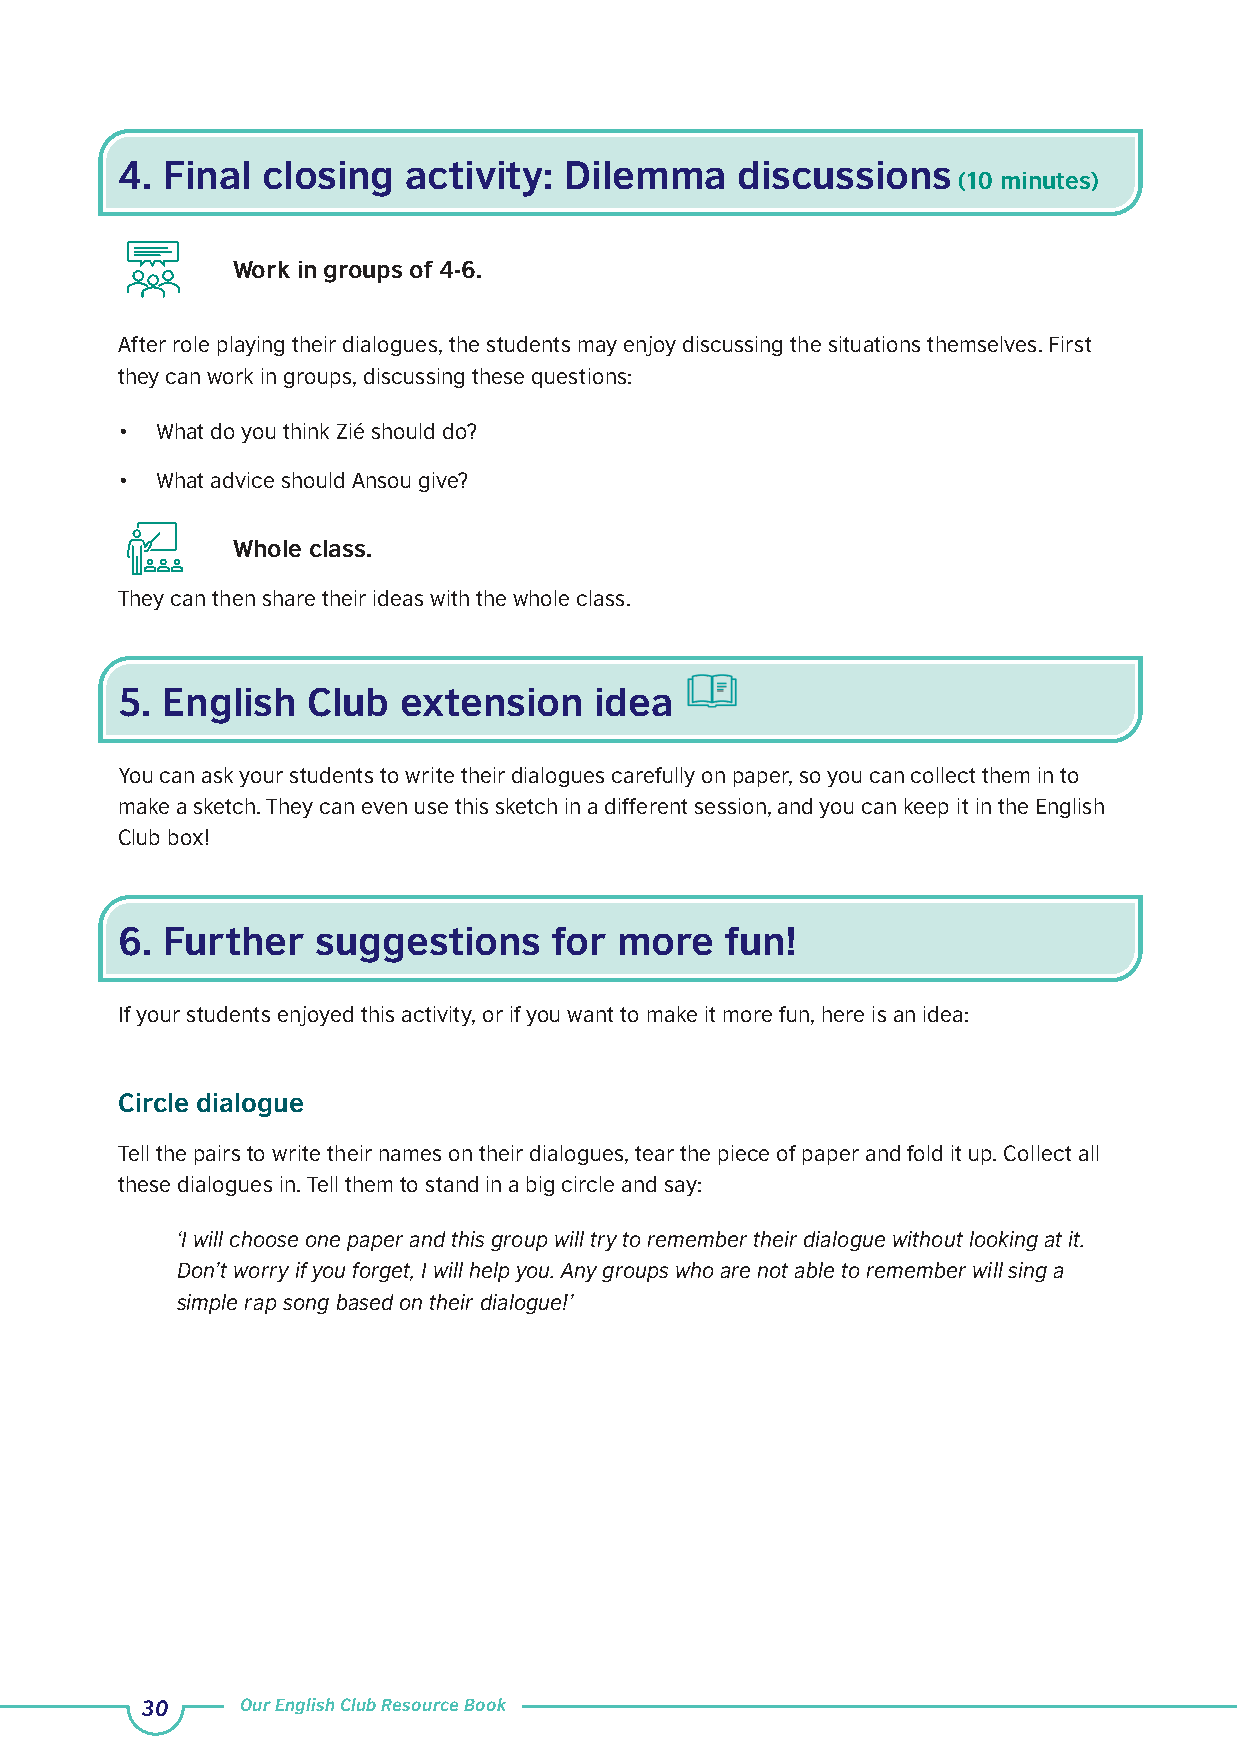
4. Final closing   activity: Dilemma     discussions
 (10 minutes)
 Work in groups of 4-6.
 After role playing their dialogues, the students may enjoy discussing the situations themselves. First
 they can work in groups, discussing these questions:
 • What do you think Zié should do?
 • What advice should Ansou give?
 Whole class.
 They can then share their ideas with the whole class.
 5. English  Club  extension    idea
 You can ask your students to write their dialogues carefully on paper, so you can collect them in to
 make a sketch. They can even use this sketch in a different session, and you can keep it in the English
 Club box!
 6. Further   suggestions     for more   fun!
 If your students enjoyed this activity, or if you want to make it more fun, here is an idea:
 Circle dialogue
 Tell the pairs to write their names on their dialogues, tear the piece of paper and fold it up. Collect all
 these dialogues in. Tell them to stand in a big circle and say:
 ‘I will choose one paper and this group will try to remember their dialogue without looking at it.
 Don’t worry if you forget, I will help you. Any groups who are not able to remember will sing a
 simple rap song based on their dialogue!’
 30     Our English Club Resource Book